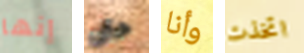
إنها حتى وأنا اتخذت